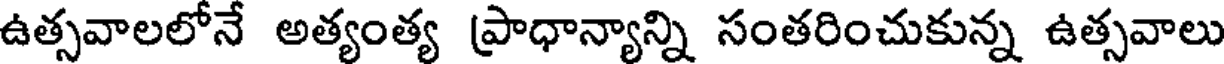
ఉత్సవాలలోనే అత్యంత్య ప్రాధాన్యాన్ని సంతరించుకున్న ఉత్సవాలు